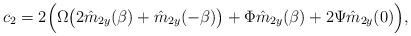
LaTeX: \begin{align*}c_2 = \mathrm{2}\Big( \Omega\big(2\hat{m}_{2y}&(\beta) + \hat{m}_{2y}(-\beta)\big) + \Phi\hat{m}_{2y}(\beta) + 2\Psi\hat{m}_{2y}(0)\Big),\end{align*}